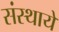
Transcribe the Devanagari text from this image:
संस्थाये